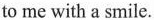
to me with a smile.